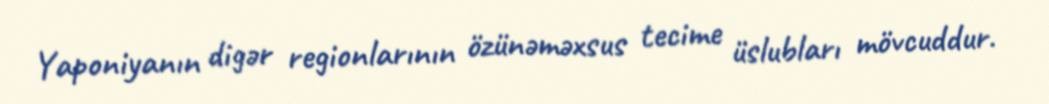
Yaponiyanın digər regionlarının özünəməxsus tecime üslubları mövcuddur.